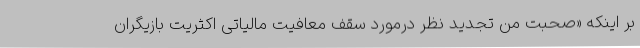
بر اینکه «صحبت من تجدید نظر درمورد سقف معافیت مالیاتی اکثریت بازیگران